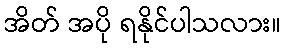
အိတ် အပို ရနိုင်ပါသလား။